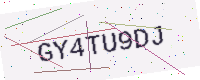
Text: GY4TU9DJ